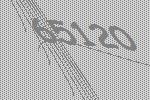
65120